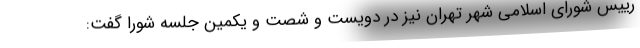
رییس شورای اسلامی شهر تهران نیز در دویست و شصت و یکمین جلسه شورا گفت: